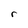
Character: r